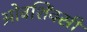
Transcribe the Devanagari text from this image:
ओवशिंक्सी